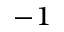
^ { - 1 }